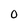
Character: 0